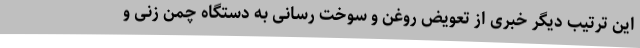
این ترتیب دیگر خبری از تعویض روغن و سوخت رسانی به دستگاه چمن زنی و